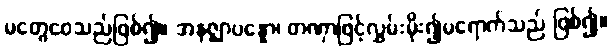
မတွေဝေသည်ဖြစ်၍။ အနဇ္ဈာပန္နော၊ တဏှာဖြင့်လွှမ်းမိုး၍မရောက်သည် ဖြစ်၍။